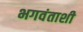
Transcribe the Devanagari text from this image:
भगवंताशी